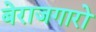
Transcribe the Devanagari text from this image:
बेराजगारो